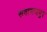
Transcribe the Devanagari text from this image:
सवायजपुर